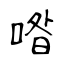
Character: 喒